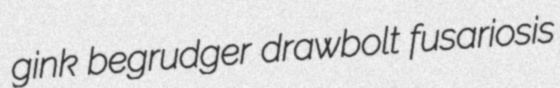
gink begrudger drawbolt fusariosis